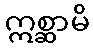
ဣစ္ဆာမိ